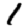
Digit: 1